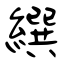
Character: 繏